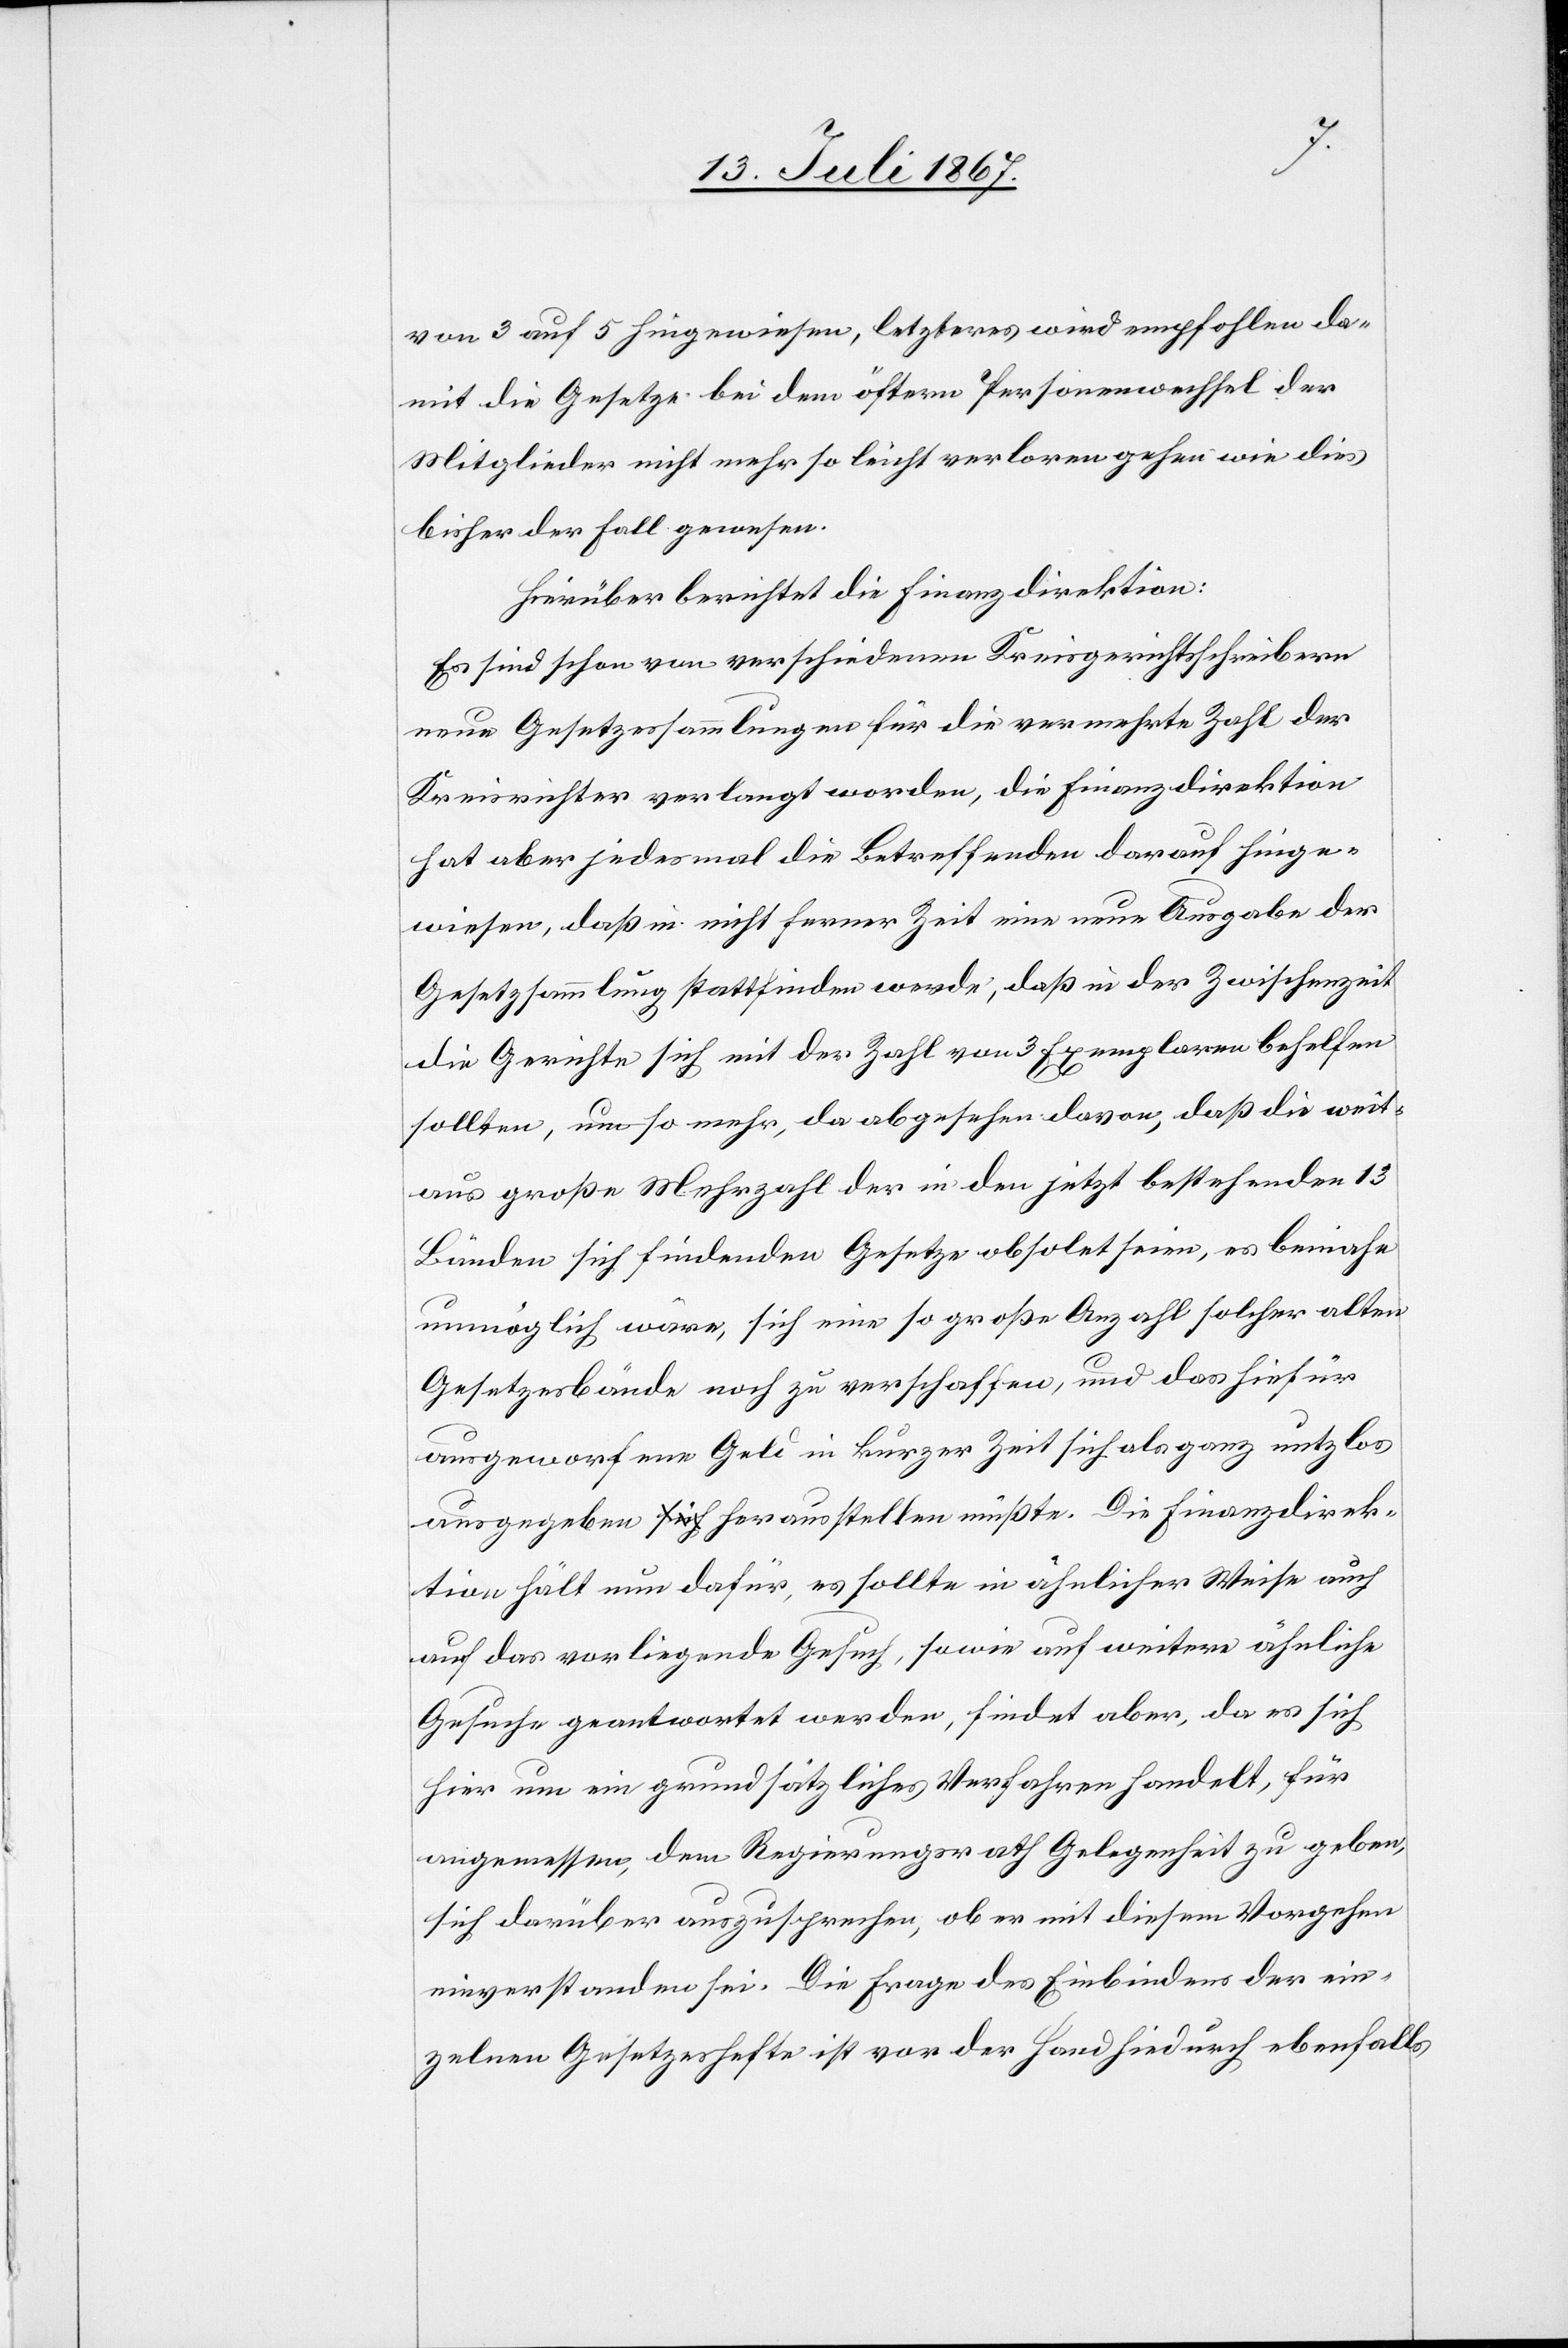
von 3 auf 5 hingewiesen, letzteres wird empfohlen da¬
mit die Gesetze bei dem öftern Personenwechsel der
Mitglieder nicht mehr so leicht verloren gehen wie dies
bisher der Fall gewesen.
Hierüber berichtet die Finanzdirektion:
Es sind schon von verschiedenen Kreisgerichtsschreibern
neue Gesetzessammlungen für die vermehrte Zahl der
Kreisrichter verlangt worden, die Finanzdirektion
hat aber jedes mal die Betreffenden darauf hinge¬
wiesen, daß in nicht ferner Zeit eine neue Ausgabe der
Gesetzsammlung stattfinden werde, daß in der Zwischenzeit
die Gerichte sich mit der Zahl von 3 Exemplaren behelfen
sollten, um so mehr, da abgesehen davon, daß die weit¬
aus große Mehrzahl der in den jetzt bestehenden 13
Bänden sich findenden Gesetze obsolet seien, es beinahe
unmöglich wäre, sich eine so große Anzahl solcher alten
Gesetzesbände noch zu verschaffen, und das hiefür
ausgeworfene Geld in kurzer Zeit sich als ganz nutzlos
ausgegeben herausstellen müßte. Die Finanzdirek¬
tion hält nun dafür, es sollte in ähnlicher Weise auch
auf das vorliegende Gesuch, sowie auf weitere ähnliche
Gesuche geantwortet werden, findet aber, da es sich
hier um ein grundsätzliches Verfahren handelt, für
angemessen, dem Regierungsrath Gelegenheit zu geben,
sich darüber auszusprechen, ob er mit diesem Vorgehen
einverstanden sei. Die Frage des Einbindens der ein¬
zelnen Gesetzeshefte ist vor der Hand hiedurch ebenfalls